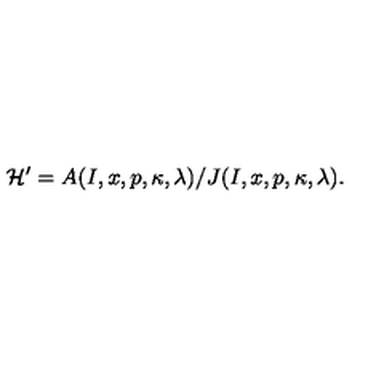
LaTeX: { \cal H ^ { \prime } } = A ( I , x , p , \kappa , \lambda ) / J ( I , x , p , \kappa , \lambda ) .